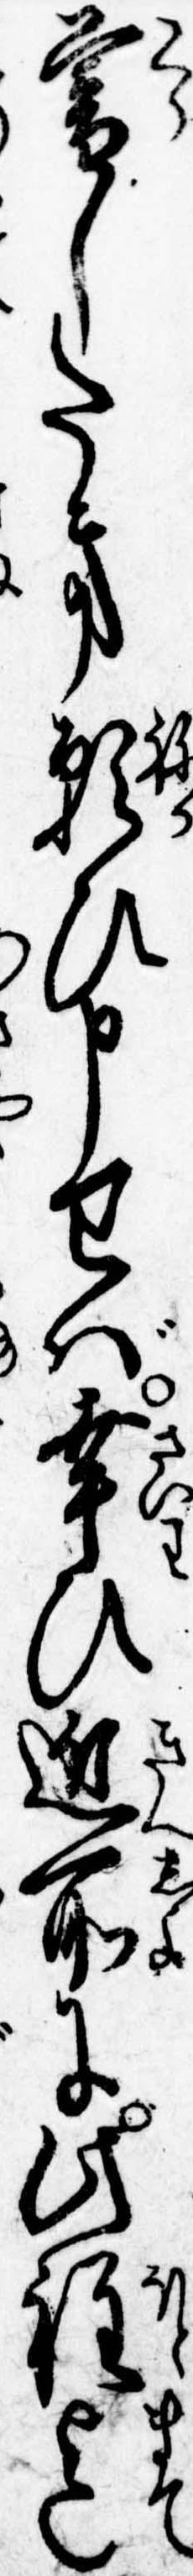
暮したき願ひ申せば幸ひ近所に此程迄